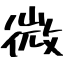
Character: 微